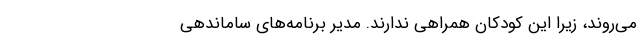
می‌روند، زیرا این کودکان همراهی ندارند. مدیر برنامه‌های ساماندهی